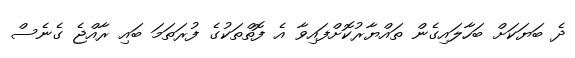
ދެ ބަޔަކަށް ބަހާލައިގެން ތައްޔާރުކޮށްފައިވާ އެ ފޮތްތަކުގެ ފުރަތަމަ ބައި ރާއްޖެ ގެނެސް